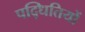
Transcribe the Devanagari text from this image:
पद्धितियों